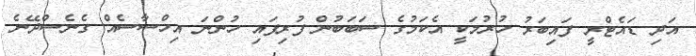
އަދި ޑައެޓްރީ ފައިބަރު ހުރުމަކީ އެކަމުގެ ސަބަބުން ފުރިފައި ހުންނަ އިހްސާސެއް ގެނެސްދޭނެ